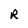
Character: R